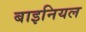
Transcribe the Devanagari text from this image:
बाइनियल